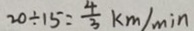
2 0 \div 1 5 = \frac { 4 } { 3 } k m / \min